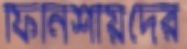
ফিনিশীয়দের